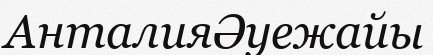
АнталияӘуежайы